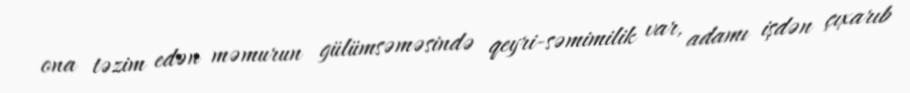
ona təzim edən məmurun gülümsəməsində qeyri-səmimilik var, adamı işdən çıxarıb